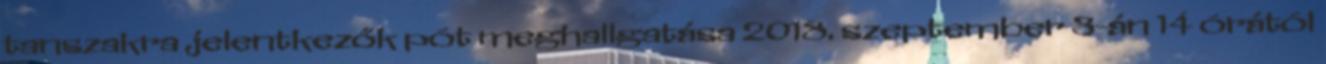
tanszakra jelentkezők pót meghallgatása 2018. szeptember 3-án 14 órától